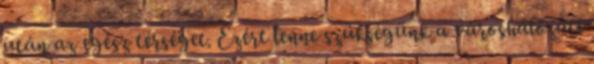
után az egész térséget. Ezért lenne szükségünk a városhálózati